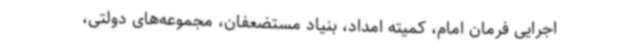
اجرایی فرمان امام، کمیته امداد، بنیاد مستضعفان، مجموعه‌های دولتی،